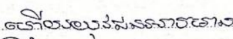
ហើយយុវជនអាចមាន